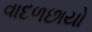
વાદળછાયો